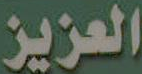
العزيز